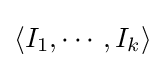
\langle I_{1},\cdots ,I_{k}\rangle